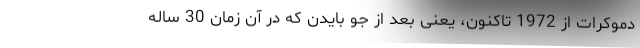
دموکرات از 1972 تاکنون، یعنی بعد از جو بایدن که در آن زمان 30 ساله